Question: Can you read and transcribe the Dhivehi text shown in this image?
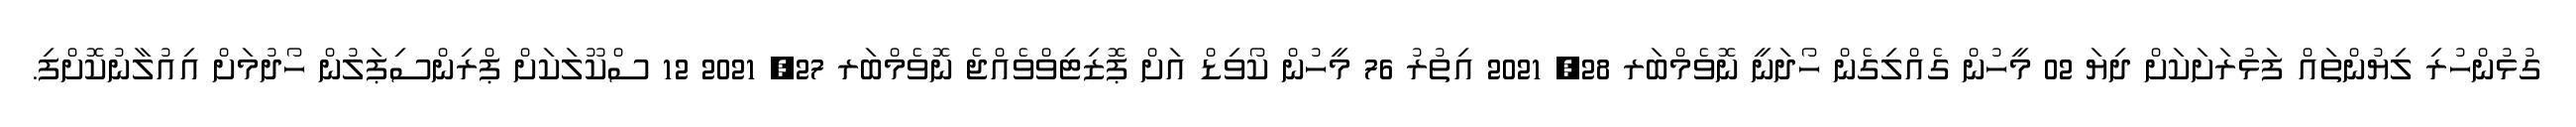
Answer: ގުޅުންހުރި ލިޔުންތައް ފަޅުރަށަކަށް ދިޔަ 02 މީހުން ގެއްލިގެން ހޯދަނީ ނޮވެމްބަރ 28, 2021 އިތުރު 76 މީހުން ކޯވިޑް އަށް ޕޮޒިޓިވްވެއްޖެ ނޮވެމްބަރ 27, 2021 12 ސްކޫލަކަށް ޕްރިންސިޕަލުން ހޯދުމަށް އިއުލާނުކޮށްފި.